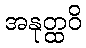
အနုတ္ထဝိ